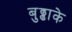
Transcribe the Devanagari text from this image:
बुढ्ढाके